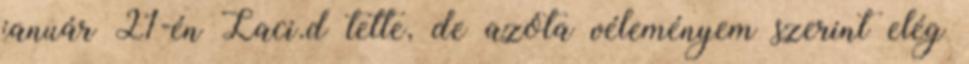
január 21-én Laci.d tette, de azóta véleményem szerint elég